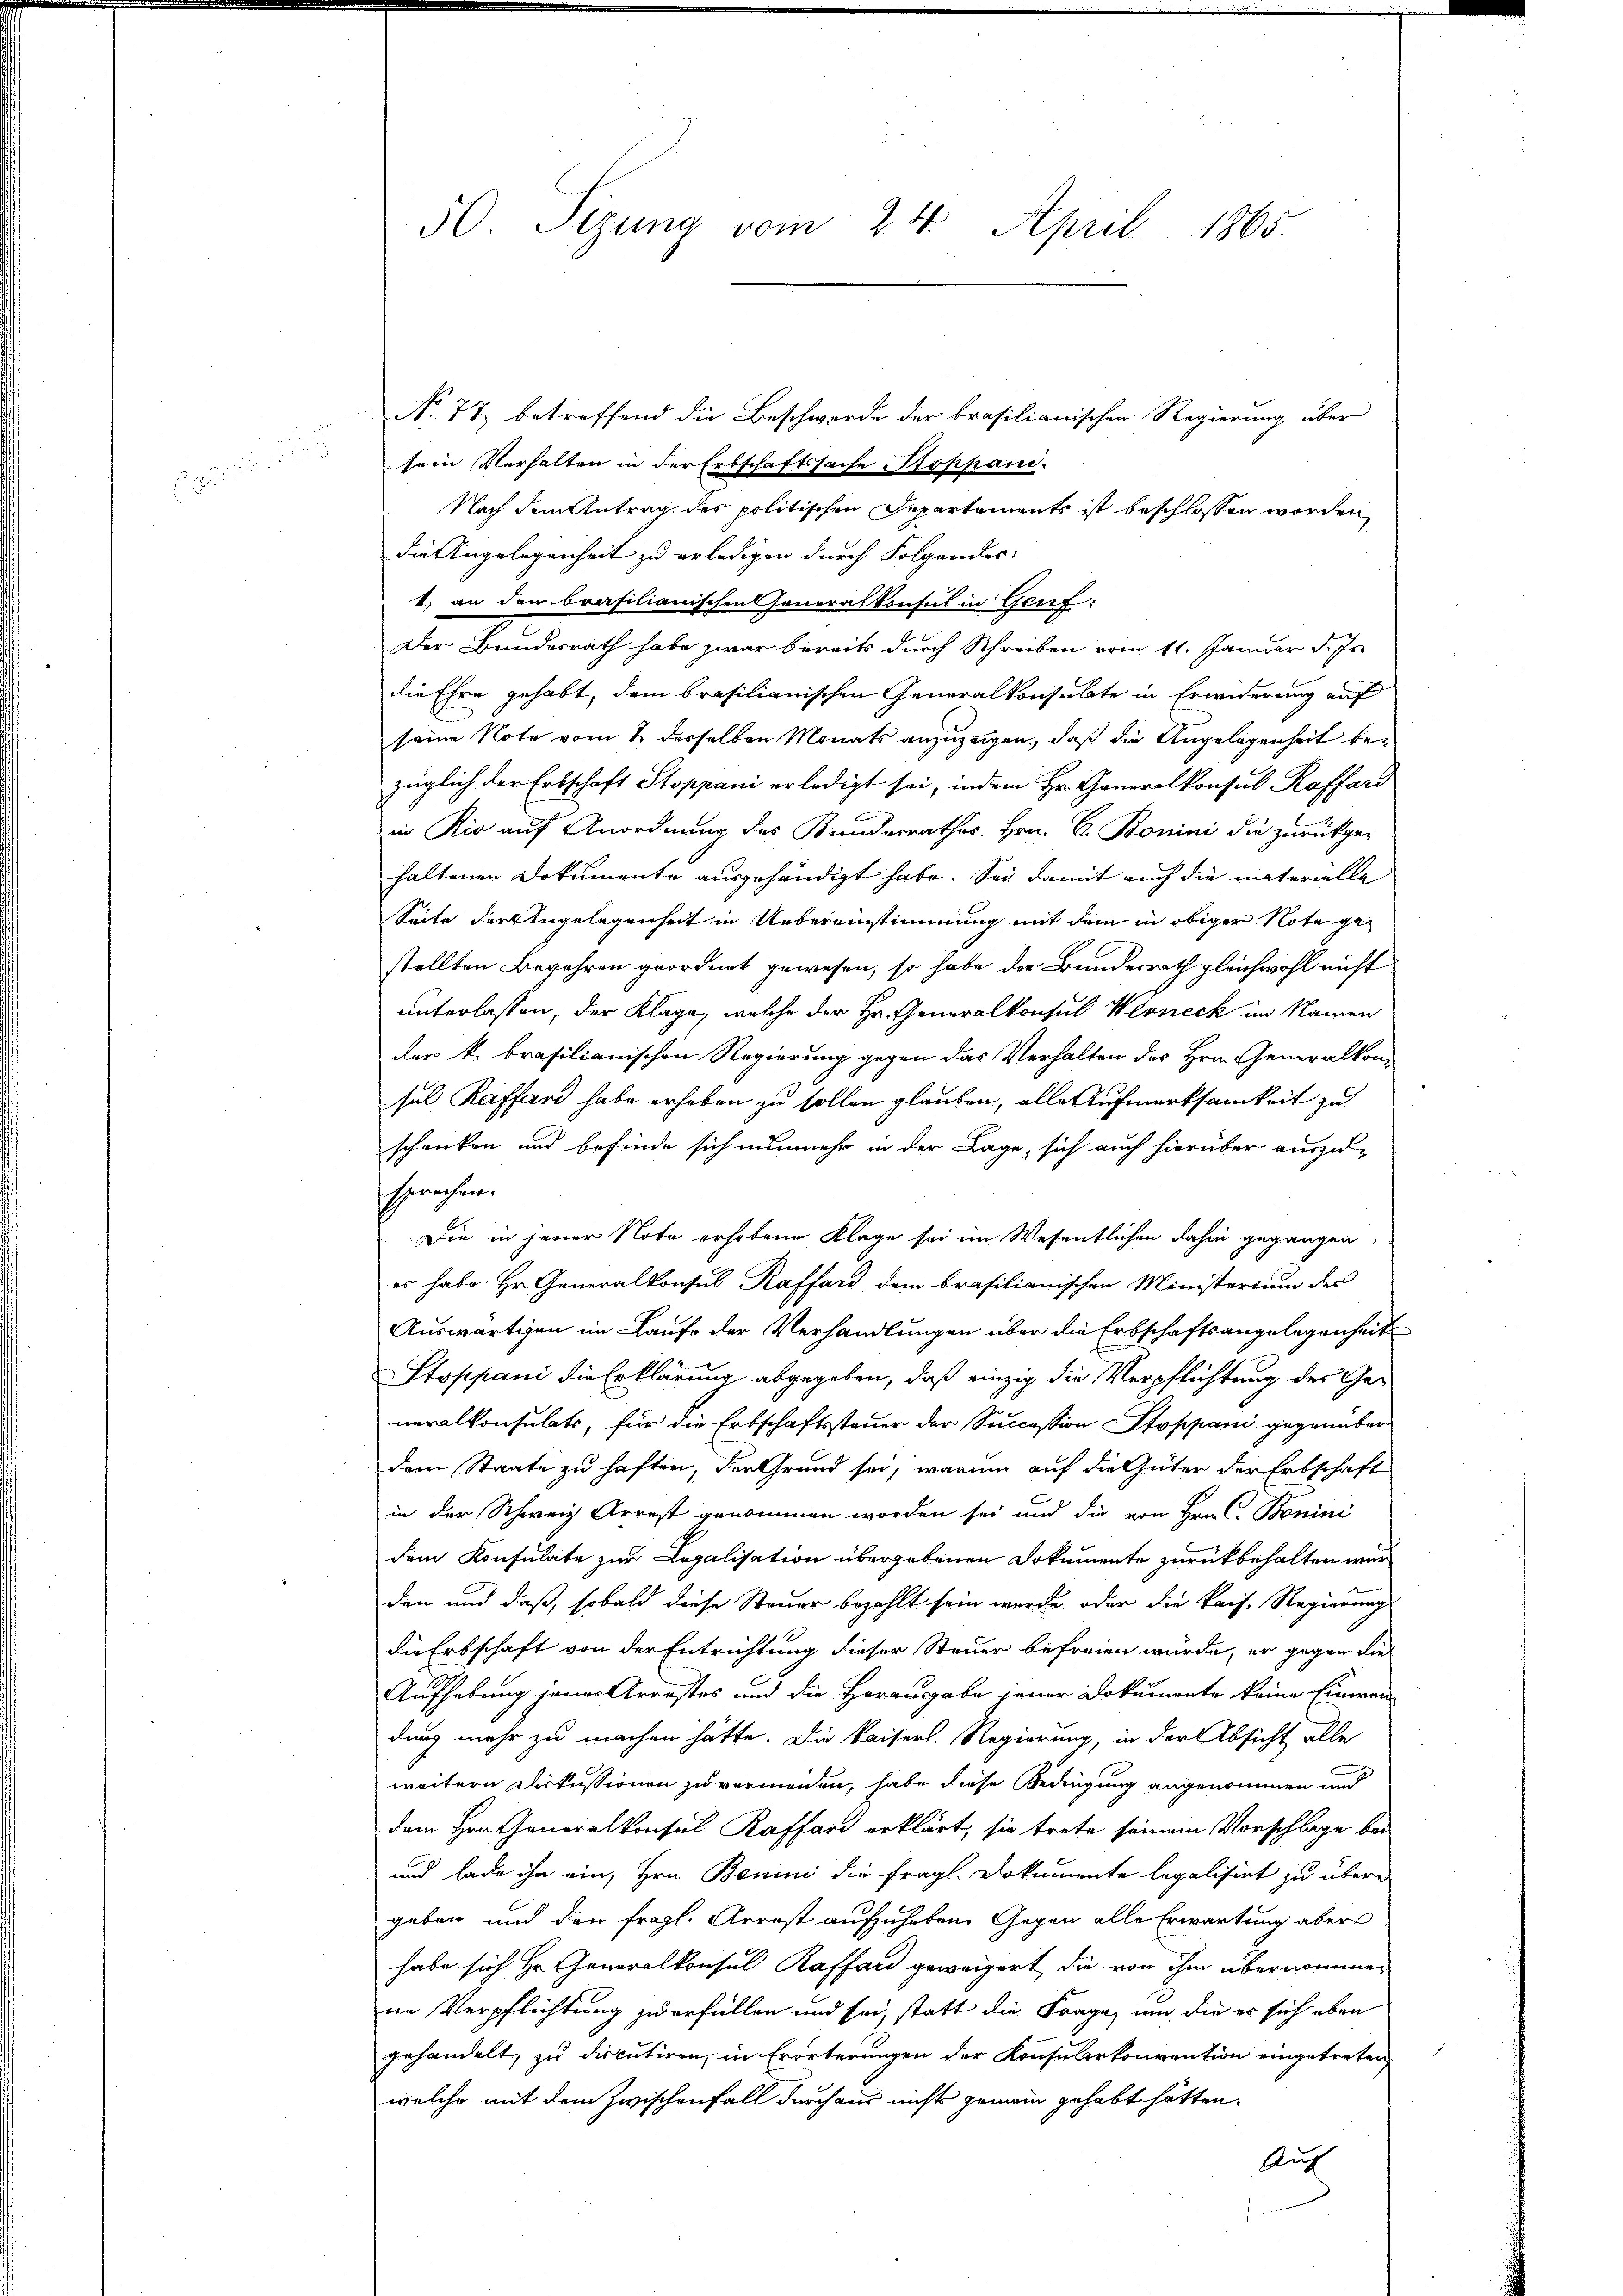
50. Sizung vom 24. April 1865.

No. 73 betreffend die Beschwerde der brasilianischen Regierung über
sein Verhalten in der Erbschaftssache Stoppani.
Nach dem Antrag des politischen Departements ist beschlossen worden,
die Angelegenheit zu erledigen durch Folgendes:
1.) an den brasilianischen Generalkonsul in Genf:
Der Bundesrath habe zwar bereits durch Schreiben vom 11. Januar d. Js.
die Ehre gehabt, dem brasilianischen Generalkonsulate in Erwiderung auf
seine Note vom 2 desselben Monats anzuzeigen, daß die Angelegenheit bezüglich der Erbschaft Stoppani erledigt sei, indem Hr. Generalkonsul Raffard
in Rio auf Anordnung des Bundesrathes Hrn. C. Bonini die zurückge-
haltenen Dokumente ausgehändigt habe. Sei damit auch die materielle
Seite der Angelegenheit in Uebereinstimmung mit dem in obiger Note gestellten Begehren geordnet gewesen, so habe der Bundesrath gleichwohl nicht
unterlassen, der Klage, welche der Hr. Generalkonsul Werneck im Namen
der k. Brasilianischen Regierung gegen das Verhalten des Hrn. Generalkom-
sul Raffand habe erheben zu sollen glauben, alle Aufmerksamkeit zu
schenken und befinde sich nunmehr in der Lage, sich auch hierüber auszu-
sprachen.
Die in jener Note erhobene Klage sei im Wesentlichen dahin gegangen,
es habe. Hr. Generalkonsul Kaffend dem brasilianischen Ministerium des
Auswärtigen im Laufe der Verhandlungen über die Erbschaftsangelegenheit
Stoppani die Erklärung abgegeben, daß einzig die Verpflichtung des Generalkonsulats, für die Erbschaftssteuer der Succession Stoppani gegenüber
dem Staate zu haften, der Grund sei, warum auf die Güter der Erbschaft
in der Schweiz Arrest genommen worden sei und die von Hrn. C. Bonini
dem Konsulate zur Legalisation übergebenen Dokumente zurückbehalten wär

den und daß, sobald diese Steuer bezahlt sein werde, oder die kais. Regierung
die Erbschaft von der Entrichtung dieser Steuer befreien würde, er gegen die
Aufhebung jenes Arrestes und die Herausgabe jener Dokumente keine Einwei
dung mehr zu machen hätte. Die kaisers. Regierung, in der Absicht alle
weitern Diskussionen zu vermeiden, habe diese Bedingung angenommen und
dem Hrn. Generalkonsul Kaffend erklärt, sie trete seinem Vorschlage bei
und lade ihn ein, Hrn. Bonini die fragl. Dokumente legalisirt zu übergeben und den fragl. Arrest aufzuheben. Gegen alle Erwartung aber
habe sich Hr. Generalkonsul Raffan geweigert, die von ihm übernommen
ne Verpflichtung zu erfüllen und sei, statt die Frage, um die es sich eben
gehandelt, zu disputiren, in Erörterungen der Konsularkonvention eingetreten
welche mit dem Zwischenfall durchaus nichts gemein gehabt hätten.
Auf